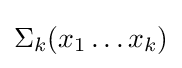
\Sigma _{k}(x_{1}\ldots x_{k})